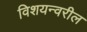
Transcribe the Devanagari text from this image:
विशयन्वरील